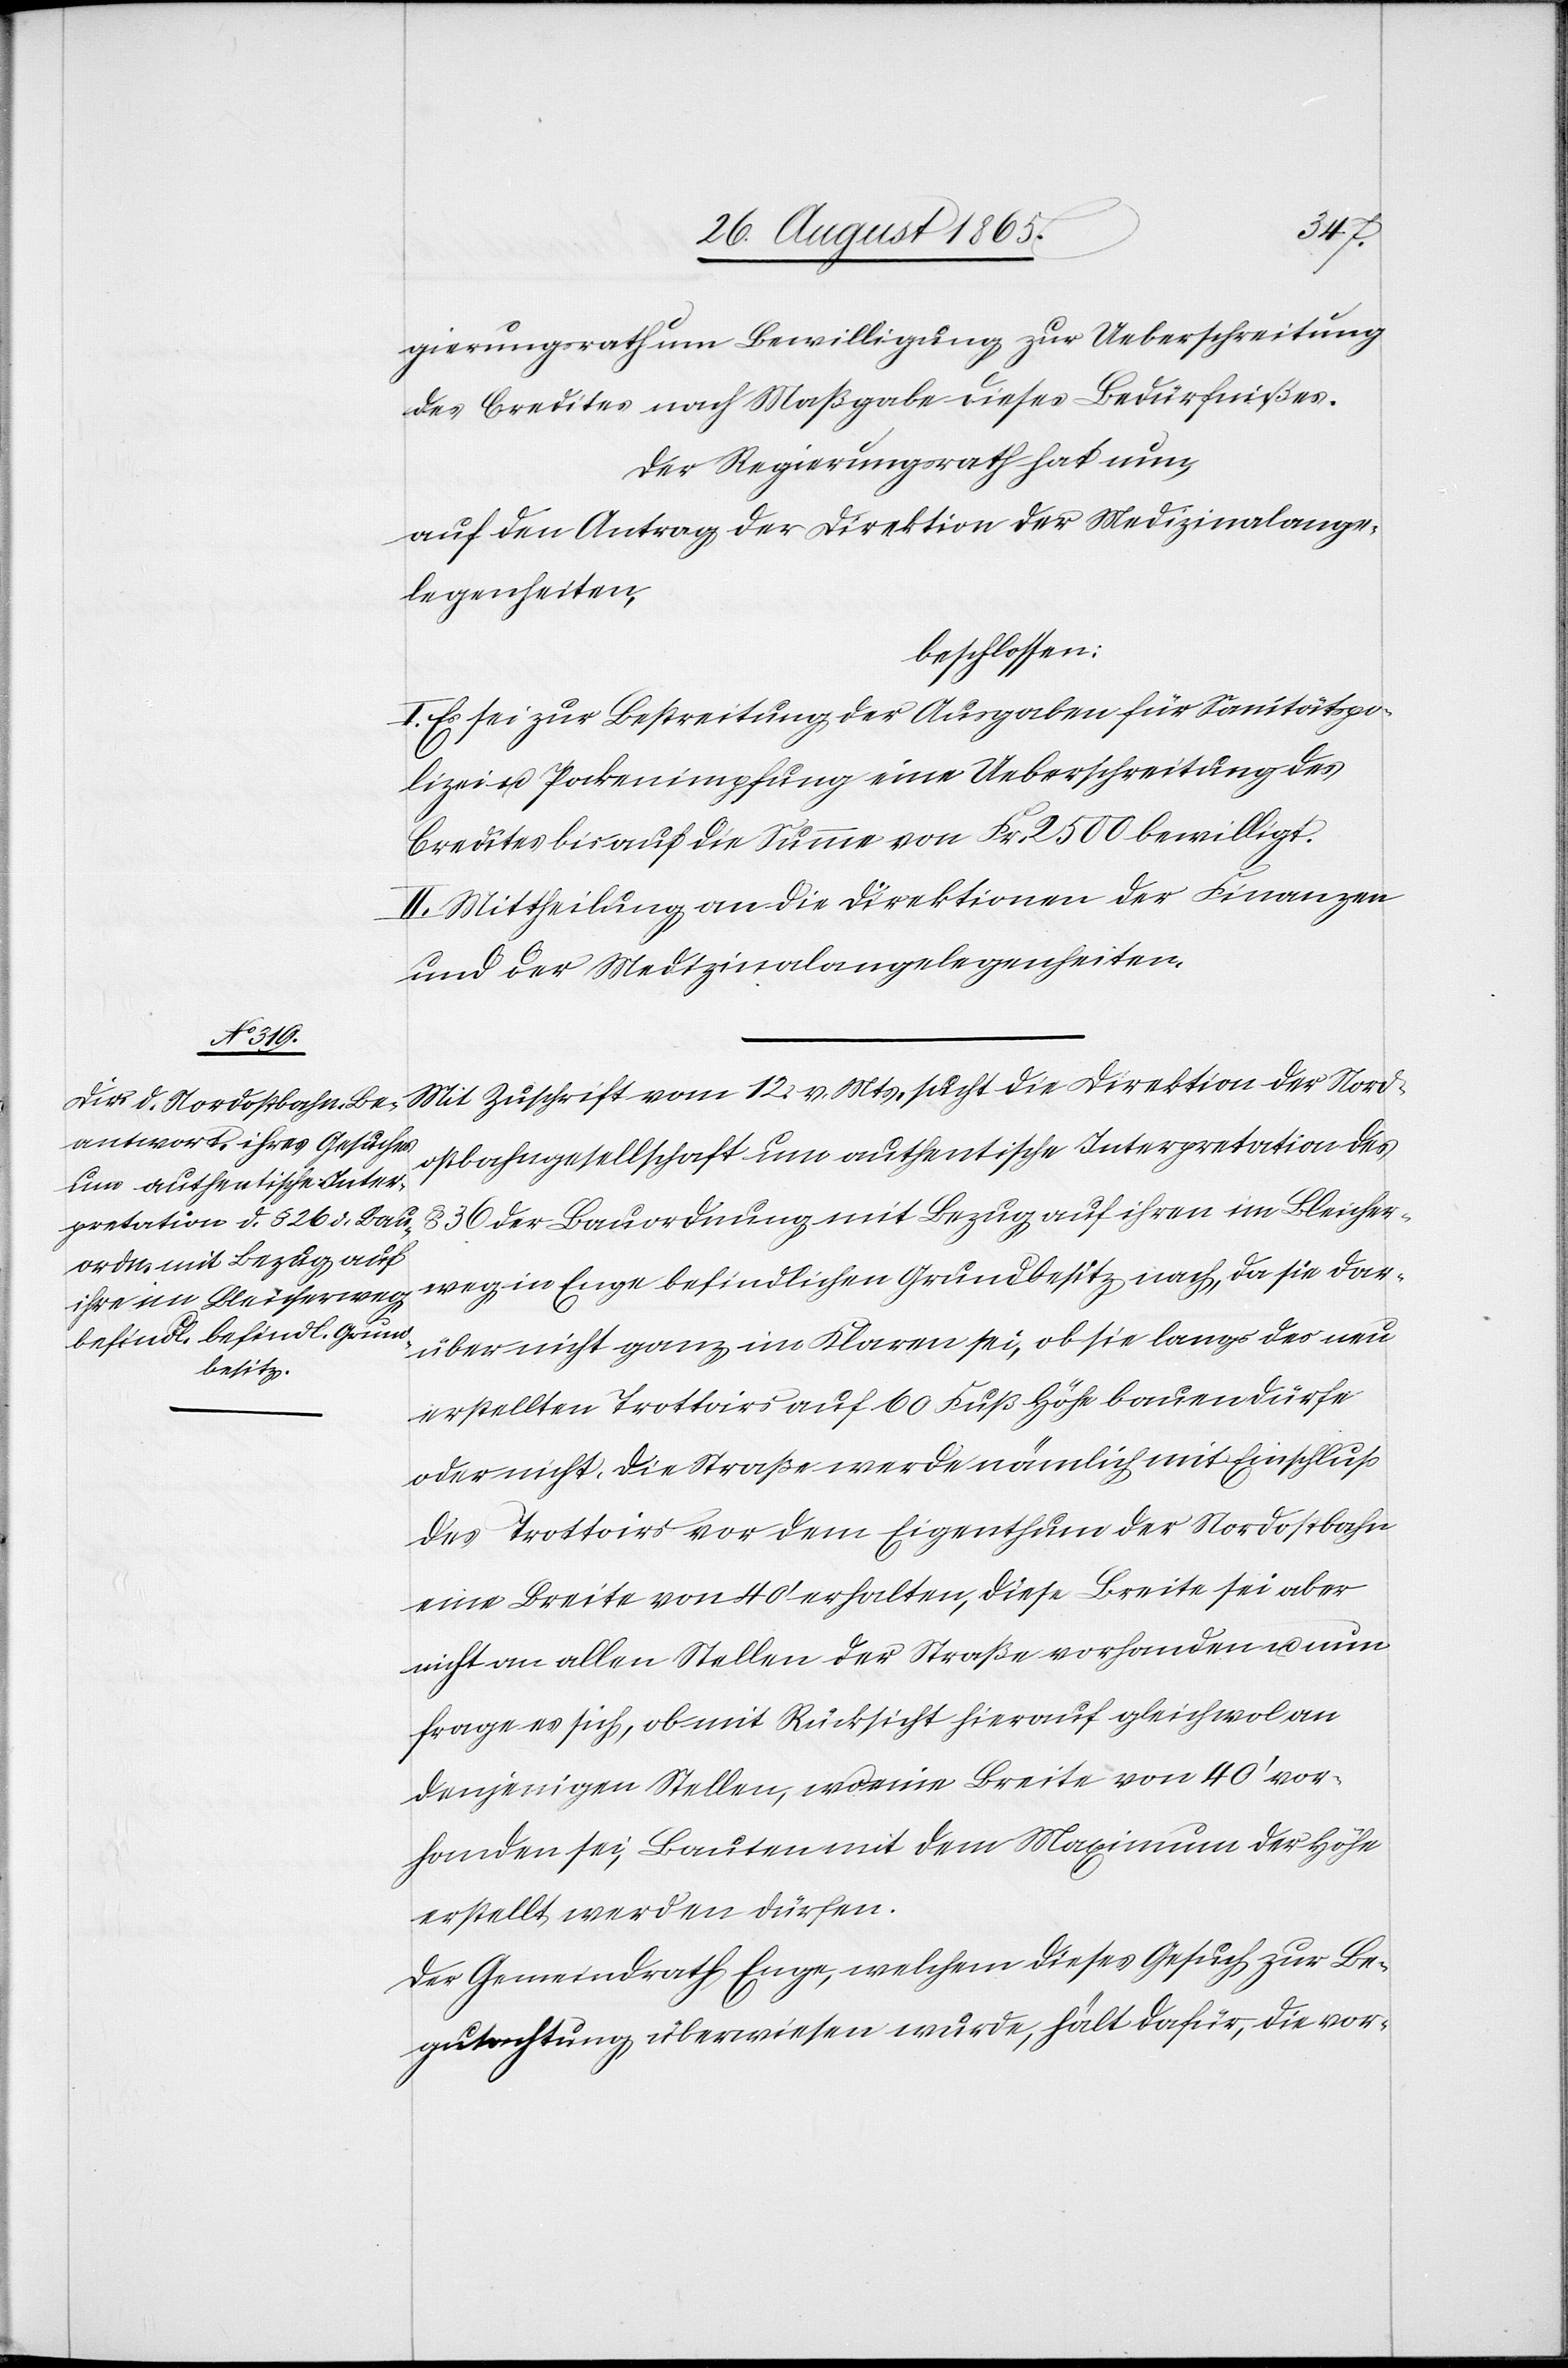
gierungsrath um Bewilligung zur Ueberschreitung
des Credites nach Maßgabe dieses Bedürfnißes.
Der Regierungsrath hat nun,
auf den Antrag der Direktion der Medizinalange¬
legenheiten,
beschlossen:
I. Es sei zur Bestreitung der Ausgaben für Sanitätspo¬
lizei u. Pockenimpfung eine Ueberschreitung des
Credites bis auf die Summe von Fr. 2500 bewilligt.
II. Mittheilung an die Direktion der Finanzen
und der Medizinalangelegenheiten.
Mit Zuschrift vom 12. v. Mts. sucht die Direktion der Nord¬
ostbahngesellschaft um authentische Interpretation des
der Bauordnung mit Bezug auf ihren im Bleicher¬
weg in Enge befindlichen Grundbesitz nach, da sie dar¬
über nicht ganz im Klaren sei, ob sie langs der neu
erstellten Trottoirs auf 60 Fuß Höhe bauen dürfe
oder nicht. Die Straße werde nämlich mit Einschluß
des Trottoirs vor dem Eigenthum der Nordostbahn
eine Breite von 40’ erhalten, diese Breite sei aber
nicht an allen Stellen der Straße vorhanden u. nun
frage es sich, ob mit Rücksicht hierauf gleichwol an
denjenigen Stellen, wo eine Breite von 40’ vor¬
handen sei, Bauten mit dem Maximum der Höhe
erstellt werden dürfen.
Der Gemeindrath Enge, welchem dieses Gesuch zur Be¬
gutachtung überwiesen wurde, hält dafür, die vor-